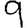
Digit: 9